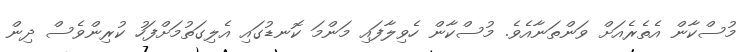
މުސްކާން އެތެރެއަށް ވަންތަނާއެވެ. މުސްކާން ހެވިލާފައި މަންމަ ކޮނޑުގައި އެލިގަތުމަށްފަހު ކުރިންވެސް ދިން